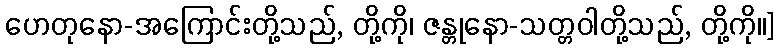
ဟေတုနော-အကြောင်းတို့သည်, တို့ကို၊ ဇန္တုနော-သတ္တဝါတို့သည်, တို့ကို။]